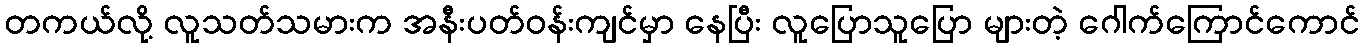
တကယ်လို့ လူသတ်သမားက အနီးပတ်ဝန်းကျင်မှာ နေပြီး လူပြောသူပြော များတဲ့ ဂေါက်ကြောင်ကောင်